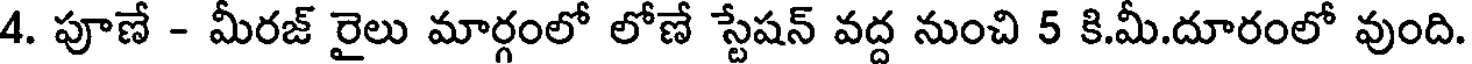
4. పూణే - మీరజ్ రైలు మార్గంలో లోణే స్టేషన్ వద్ద నుంచి 5 కి.మీ.దూరంలో వుంది